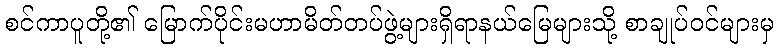
စင်ကာပူတို့၏ မြောက်ပိုင်းမဟာမိတ်တပ်ဖွဲ့များရှိရာနယ်မြေများသို့ စာချုပ်ဝင်များမှ